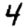
Digit: 4